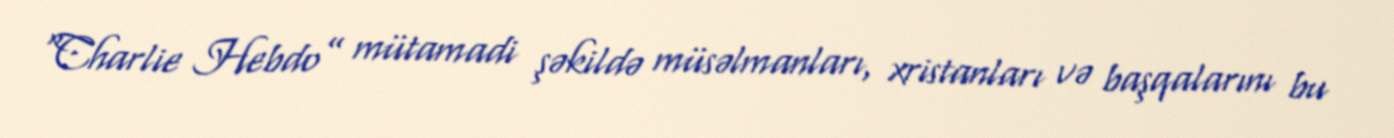
“Charlie Hebdo” mütamadi şəkildə müsəlmanları, xristanları və başqalarını bu